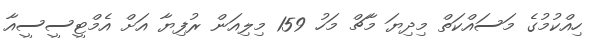
ހިއްކުމުގެ މަސައްކަތް މިދިޔަ މާޗް މަހު 159 މިލިއަން ރުފިޔާ އަށް އެމްޓީސީސީއާ